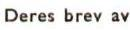
Deres brev av